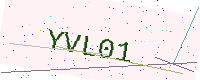
Text: YVL01